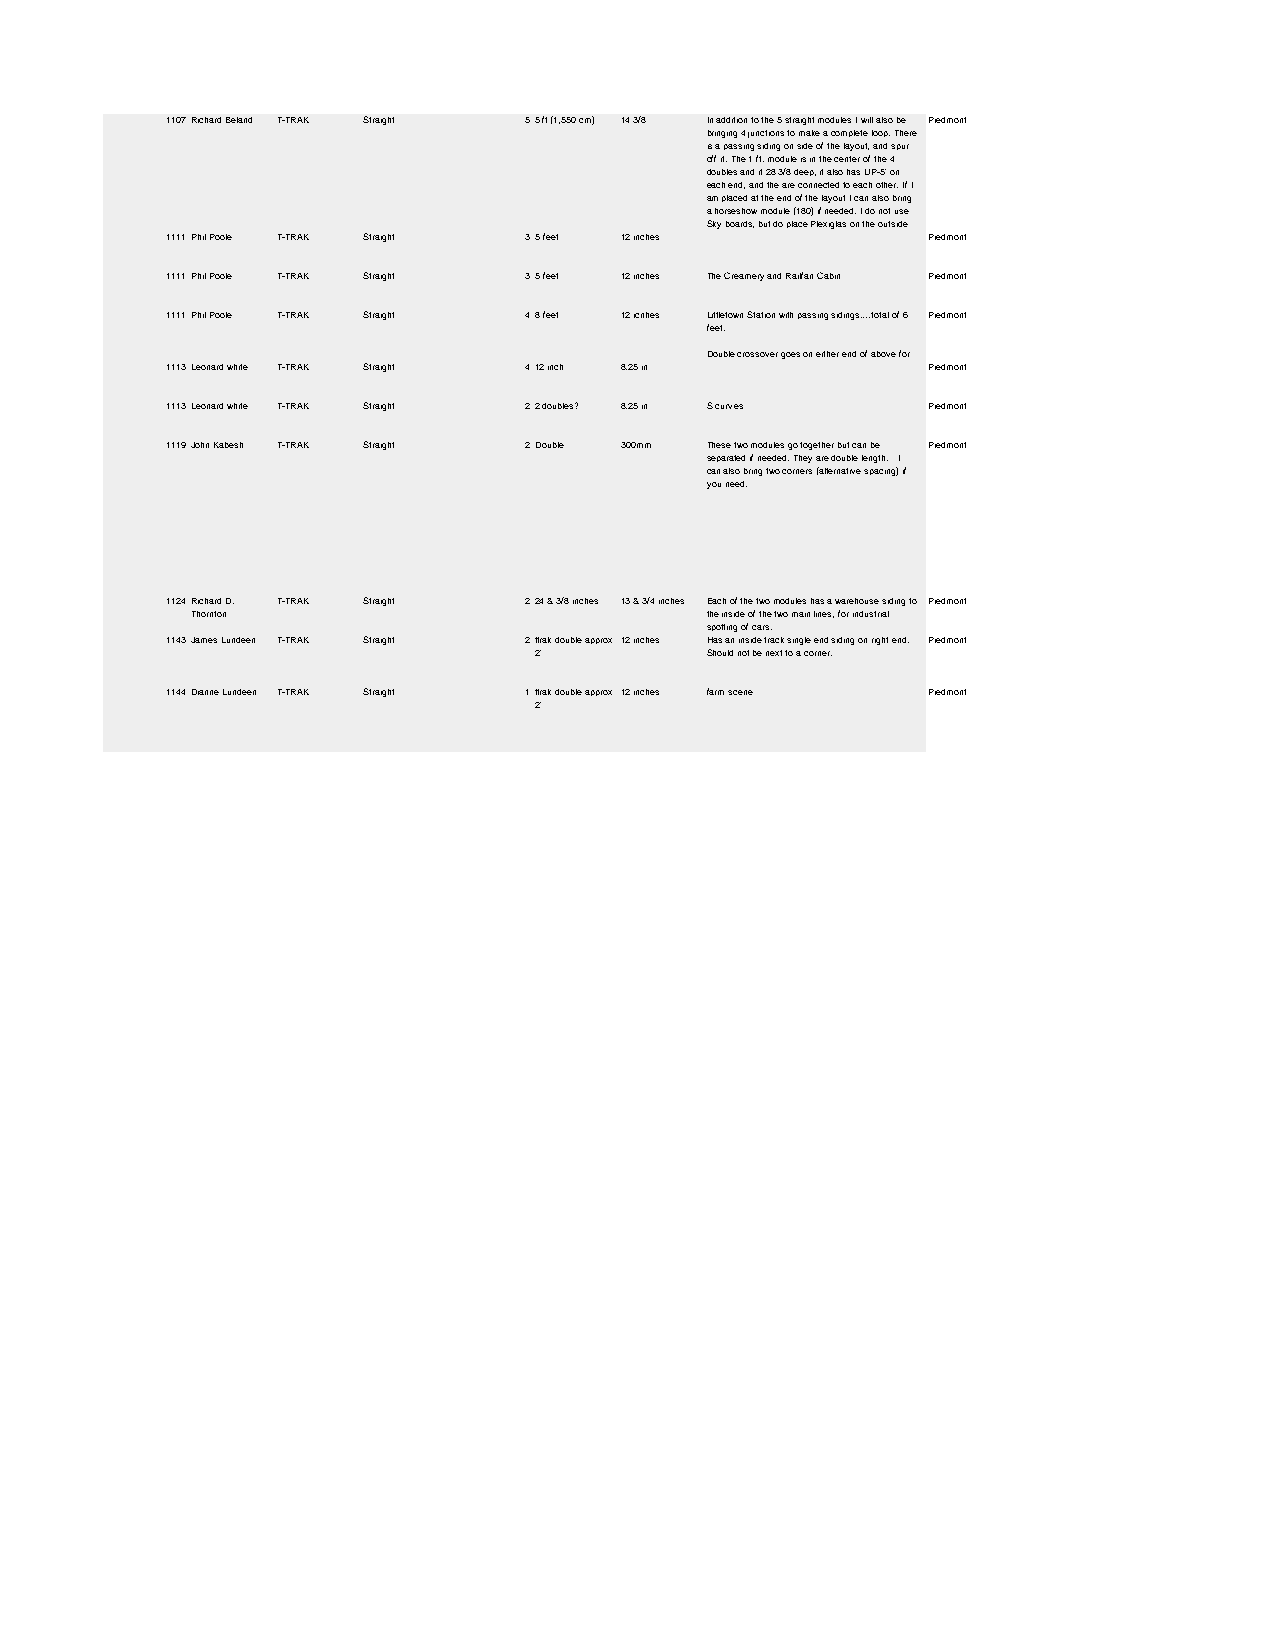
1107Richard Beland T-TRAK Straight 55 ft (1,550 cm) 14 3/8 In addition to the 5 straight modules I will also be Piedmont
 bringing 4 junctions to make a complete loop. There
 is a passing siding on side of the layout, and spur
 off it. The 1 ft. module is in the center of the 4
 doubles and it 28 3/8 deep, it also has UP-5' on
 each end, and the are connected to each other. If I
 am placed at the end of the layout I can also bring
 a horseshow module (180) if needed. I do not use
 Sky boards, but do place Plexiglas on the outside
 1111Phil Poole T-TRAK Straight 35 feet 12 inches  Piedmont
 1111Phil Poole T-TRAK Straight 35 feet 12 inches The Creamery and Railfan Cabin Piedmont
 1111Phil Poole T-TRAK Straight 48 feet 12 icnhes Littletown Station with passing sidings....total of 6 Piedmont
 feet.
 Double crossover goes on either end of above for
 1113Leonard white T-TRAK Straight 412 inch 8.25 in Piedmont
 1113Leonard white T-TRAK Straight 22 doubles? 8.25 in S curves Piedmont
 1119John Kabesh T-TRAK Straight 2Double 300mm These two modules go together but can be Piedmont
 separated if needed. They are double length. I
 can also bring two corners (alternative spacing) if
 you need.
 1124Richard D. T-TRAK Straight 224 & 3/8 inches 13 & 3/4 inches Each of the two modules has a warehouse siding to Piedmont
 Thornton                          the inside of the two main lines, for industrial
 spotting of cars.
 1143James Lundeen T-TRAK Straight 2ttrak double approx 12 inches Has an inside track single end siding on right end. Piedmont
 2'          Should not be next to a corner.
 1144Dianne Lundeen T-TRAK Straight 1ttrak double approx 12 inches farm scene Piedmont
 2'